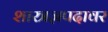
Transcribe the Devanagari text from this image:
शास्त्रज्ञपदावर